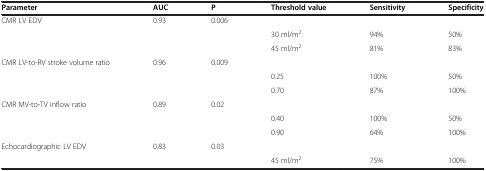
<table><thead><tr><td><b>Parameter</b></td><td><b>AUC</b></td><td><b>P</b></td><td><b>Threshold value</b></td><td><b>Sensitivity</b></td><td><b>Specificity</b></td></tr></thead><tbody><tr><td rowspan="2">CMR LV EDV</td><td rowspan="2">0.93</td><td rowspan="2">0.006</td><td></td><td></td><td></td></tr><tr><td>30 ml/m<sup>2</sup></td><td>94%</td><td>50%</td></tr><tr><td></td><td></td><td></td><td>45 ml/m<sup>2</sup></td><td>81%</td><td>83%</td></tr><tr><td rowspan="2">CMR LV-to-RV stroke volume ratio</td><td rowspan="2">0.96</td><td rowspan="2">0.009</td><td></td><td></td><td></td></tr><tr><td>0.25</td><td>100%</td><td>50%</td></tr><tr><td></td><td></td><td></td><td>0.70</td><td>87%</td><td>100%</td></tr><tr><td rowspan="2">CMR MV-to-TV inflow ratio</td><td rowspan="2">0.89</td><td rowspan="2">0.02</td><td></td><td></td><td></td></tr><tr><td>0.40</td><td>100%</td><td>50%</td></tr><tr><td></td><td></td><td></td><td>0.90</td><td>64%</td><td>100%</td></tr><tr><td rowspan="2">Echocardiographic LV EDV</td><td rowspan="2">0.83</td><td rowspan="2">0.03</td><td></td><td></td><td></td></tr><tr><td>45 ml/m<sup>2</sup></td><td>75%</td><td>100%</td></tr></tbody></table>